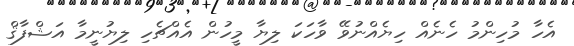
އެހާ މުހިންމު ހެނެއް ހިޔެއްނުވޭ ވާހަކަ ލިޔާ މީހުން އެއްޗެހި ލިޔުނީމާ އަޝްފާޤް